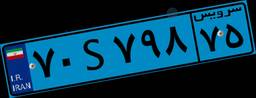
۷۰S۷۹۸۷۵